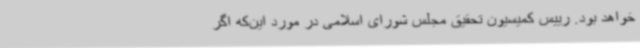
خواهد بود. رییس کمیسیون تحقیق مجلس شورای اسلامی در مورد این‌که اگر